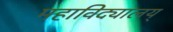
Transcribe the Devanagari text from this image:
महाविद्यालय्